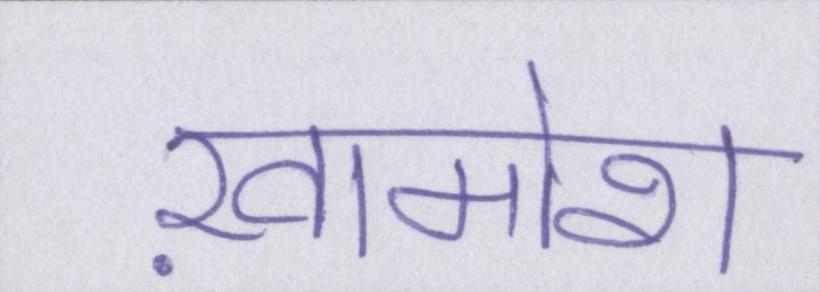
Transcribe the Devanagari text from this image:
ख़ामोश